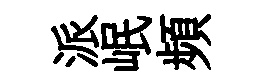
派岷頻